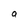
Character: a